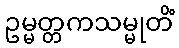
ဥမ္မတ္တကသမ္မုတိံ